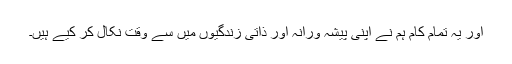
اور یہ تمام کام ہم نے اپنی پیشہ ورانہ اور ذاتی زندگیوں میں سے وقت نکال کر کیے ہیں۔